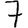
Digit: 7